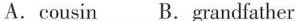
A.cousin B.Grandfather